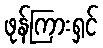
ဖုန်ကြားရှင်